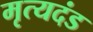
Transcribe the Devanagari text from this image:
मृत्यदंड